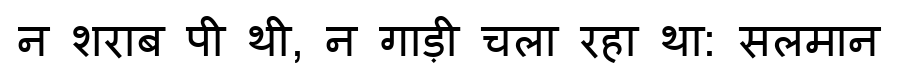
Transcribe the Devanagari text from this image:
न शराब पी थी, न गाड़ी चला रहा था: सलमान